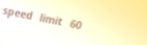
speed limit 60